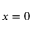
x = 0